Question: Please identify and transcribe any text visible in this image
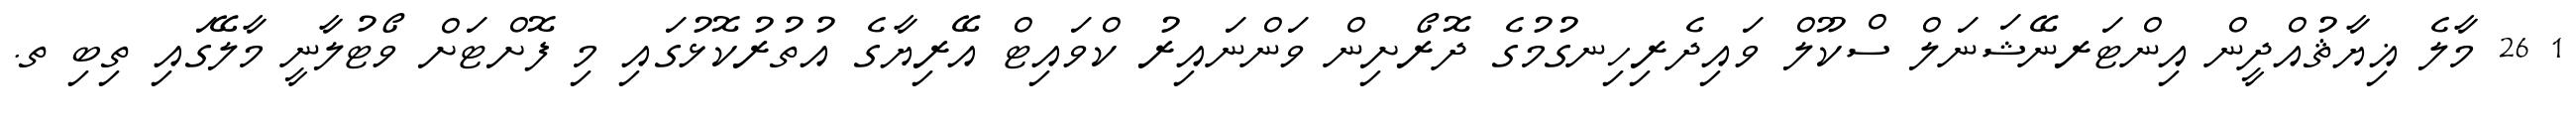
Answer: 1 26 މާލެ ޣިޔާޘުއްދީން އިންޓަރނޭޝަނަލް ސްކޫލް ވައިދެރިހިނގުމުގެ ދޮރޯށިން ވަންނައިރު ކްވައިޓް އޭރިޔާގެ އުތުރުކޮޅުގައި މި ފޮށްޓަށް ވޯޓުލާނީ މާލޭގައި ތިބި ތ.